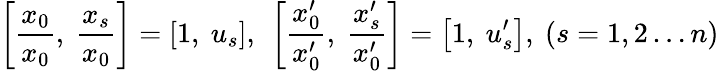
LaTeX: \left[{\frac{x_{0}}{x_{0}}},\ {\frac{x_{s}}{x_{0}}}\right]=\left[1,\ u_{s}\right],\ \left[{\frac{x_{0}^{\prime}}{x_{0}^{\prime}}},\ {\frac{x_{s}^{\prime}}{x_{0}^{\prime}}}\right]=\left[1,\ u_{s}^{\prime}\right],\ (s=1,2\dots n)